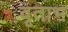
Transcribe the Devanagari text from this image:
वृताभ